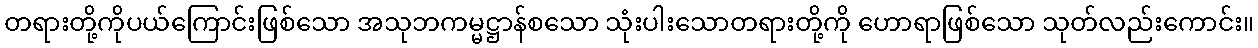
တရားတို့ကိုပယ်ကြောင်းဖြစ်သော အသုဘကမ္မဋ္ဌာန်စသော သုံးပါးသောတရားတို့ကို ဟောရာဖြစ်သော သုတ်လည်းကောင်း။